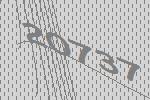
20737